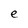
Character: e